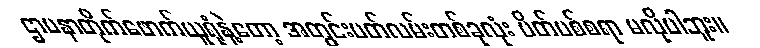
ဌာပနာတိုက်ဖောက်ယူရုံနဲ့တော့ အတွင်းပတ်လမ်းတစ်ခုလုံး ပိတ်ပစ်စရာ မလိုပါဘူး။